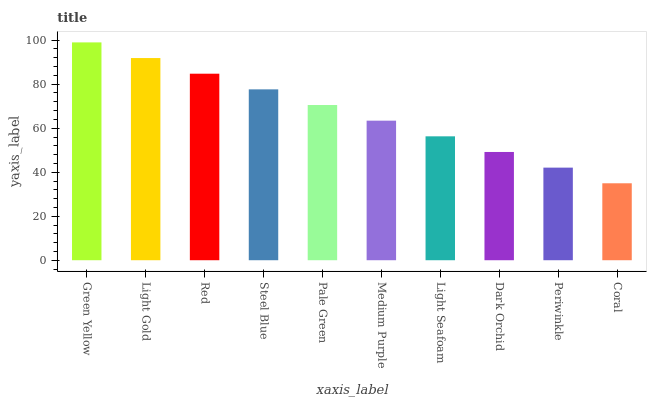
| xaxis_label | bars |
 | --- | --- |
 | Green Yellow | 99 |
 | Light Gold | 91.9 |
 | Red | 84.8 |
 | Steel Blue | 77.7 |
 | Pale Green | 70.5 |
 | Medium Purple | 63.4 |
 | Light Seafoam | 56.3 |
 | Dark Orchid | 49.2 |
 | Periwinkle | 42.1 |
 | Coral | 35 |